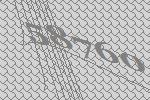
58760